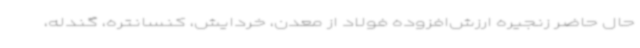
حال حاضر زنجیره ارزش‌افزوده فولاد از معدن، خردایش، کنسانتره، گندله،